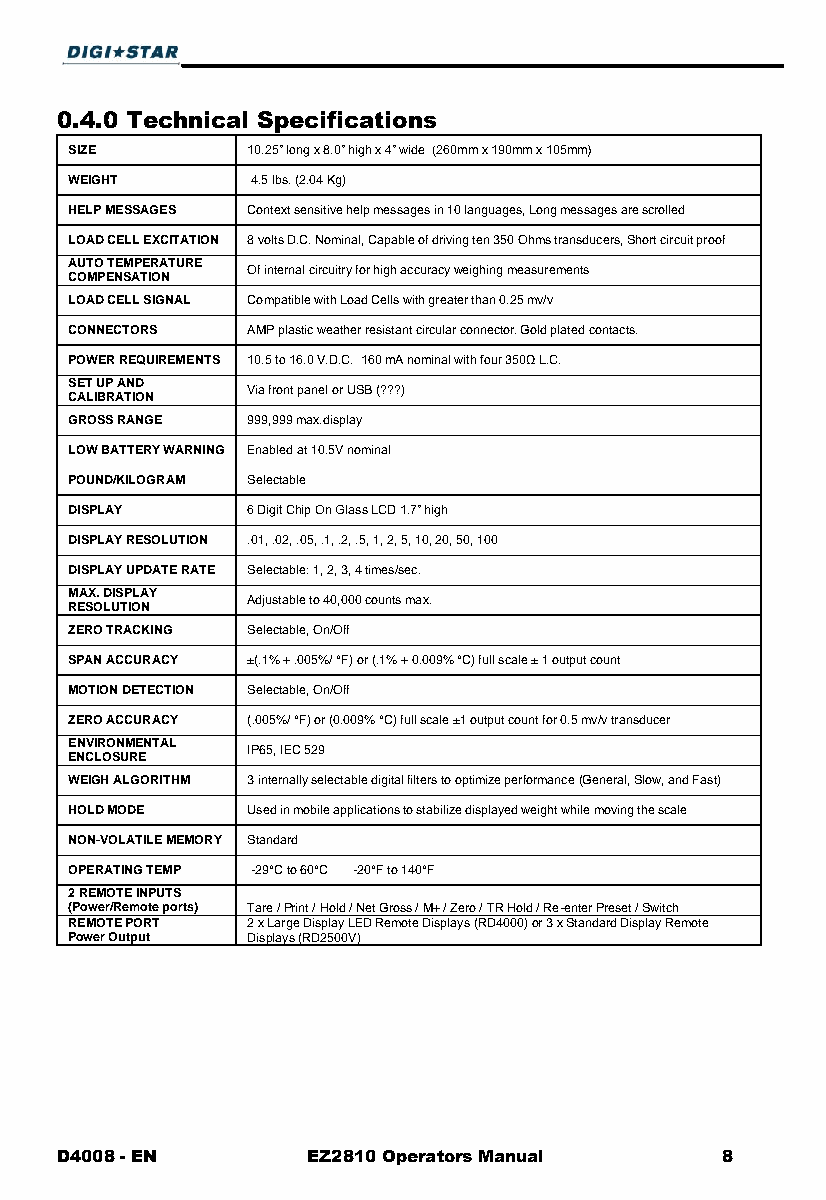
0.4.0 Technical Specifications
 SIZE       10.25” long x 8.0” high x 4” wide (260mm x 190mm x 105mm)
 WEIGHT      4.5 lbs. (2.04 Kg)
 HELP MESSAGES Context sensitive help messages in 10 languages, Long messages are scrolled
 LOAD CELL EXCITATION 8 volts D.C. Nominal, Capable of driving ten 350 Ohms transducers, Short circuit proof
 AUTO TEMPERATURE
 Of internal circuitry for high accuracy weighing measurements
 COMPENSATION
 LOAD CELL SIGNAL Compatible with Load Cells with greater than 0.25 mv/v
 CONNECTORS AMP plastic weather resistant circular connector. Gold plated contacts.
 POWER REQUIREMENTS 10.5 to 16.0 V.D.C. 160 mA nominal with four 350Ω L.C.
 SET UP AND
 Via front panel or USB (???)
 CALIBRATION
 GROSS RANGE 999,999 max.display
 LOW BATTERY WARNING Enabled at 10.5V nominal
 POUND/KILOGRAM Selectable
 DISPLAY    6 Digit Chip On Glass LCD 1.7” high
 DISPLAY RESOLUTION .01, .02, .05, .1, .2, .5, 1, 2, 5, 10, 20, 50, 100
 DISPLAY UPDATE RATE Selectable: 1, 2, 3, 4 times/sec.
 MAX. DISPLAY
 Adjustable to 40,000 counts max.
 RESOLUTION
 ZERO TRACKING Selectable, On/Off
 SPAN ACCURACY ±(.1% + .005%/ °F) or (.1% + 0.009% °C) full scale ± 1 output count
 MOTION DETECTION Selectable, On/Off
 ZERO ACCURACY (.005%/ °F) or (0.009% °C) full scale ±1 output count for 0.5 mv/v transducer
 ENVIRONMENTAL
 IP65, IEC 529
 ENCLOSURE
 WEIGH ALGORITHM 3 internally selectable digital filters to optimize performance (General, Slow, and Fast)
 HOLD MODE  Used in mobile applications to stabilize displayed weight while moving the scale
 NON-VOLATILE MEMORY Standard
 OPERATING TEMP -29°C to 60°C -20°F to 140°F
 2 REMOTE INPUTS
 (Power/Remote ports) Tare / Print / Hold / Net Gross / M+ / Zero / TR Hold / Re-enter Preset / Switch
 REMOTE PORT 2 x Large Display LED Remote Displays (RD4000) or 3 x Standard Display Remote
 Power Output Displays (RD2500V)
 D4008 - EN      EZ2810 Operators Manual     8